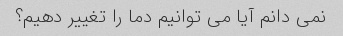
نمی دانم آیا می توانیم دما را تغییر دهیم؟